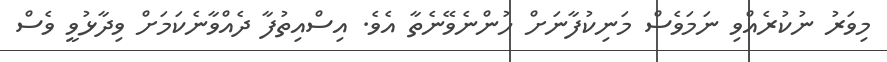
މިވަރު ނުކުރެއްވި ނަމަވެސް މަނިކުފާނަށް ހުންނެވޭނެތާ އެވެ. އިސްއިތުފާ ދެއްވާނެކަމަށް ވިދާޅުވީ ވެސް